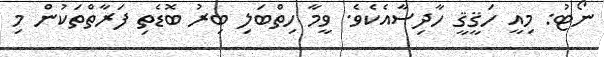
ނޯޓު: މިއީ ހަޤީޤީ ހާދިސާއެކެވެ. ވީމާ ހިތްބަލި ބިރު ބޮޑެތި ފަރާތްތަކުން މި